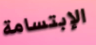
الإبتسامة